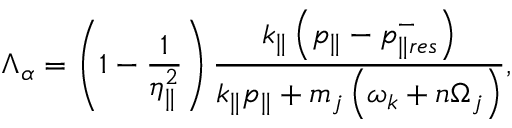
\Lambda _ { \alpha } = \left( 1 - \frac { 1 } { \eta _ { \parallel } ^ { 2 } } \right) \frac { k _ { \parallel } \left( p _ { \parallel } - p _ { \parallel r e s } ^ { - } \right) } { k _ { \parallel } p _ { \parallel } + m _ { j } \left( \omega _ { k } + n \Omega _ { j } \right) } ,